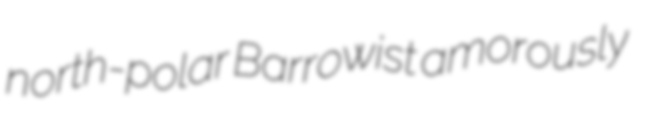
north-polar Barrowist amorously